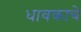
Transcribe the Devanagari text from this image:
धावकाचे